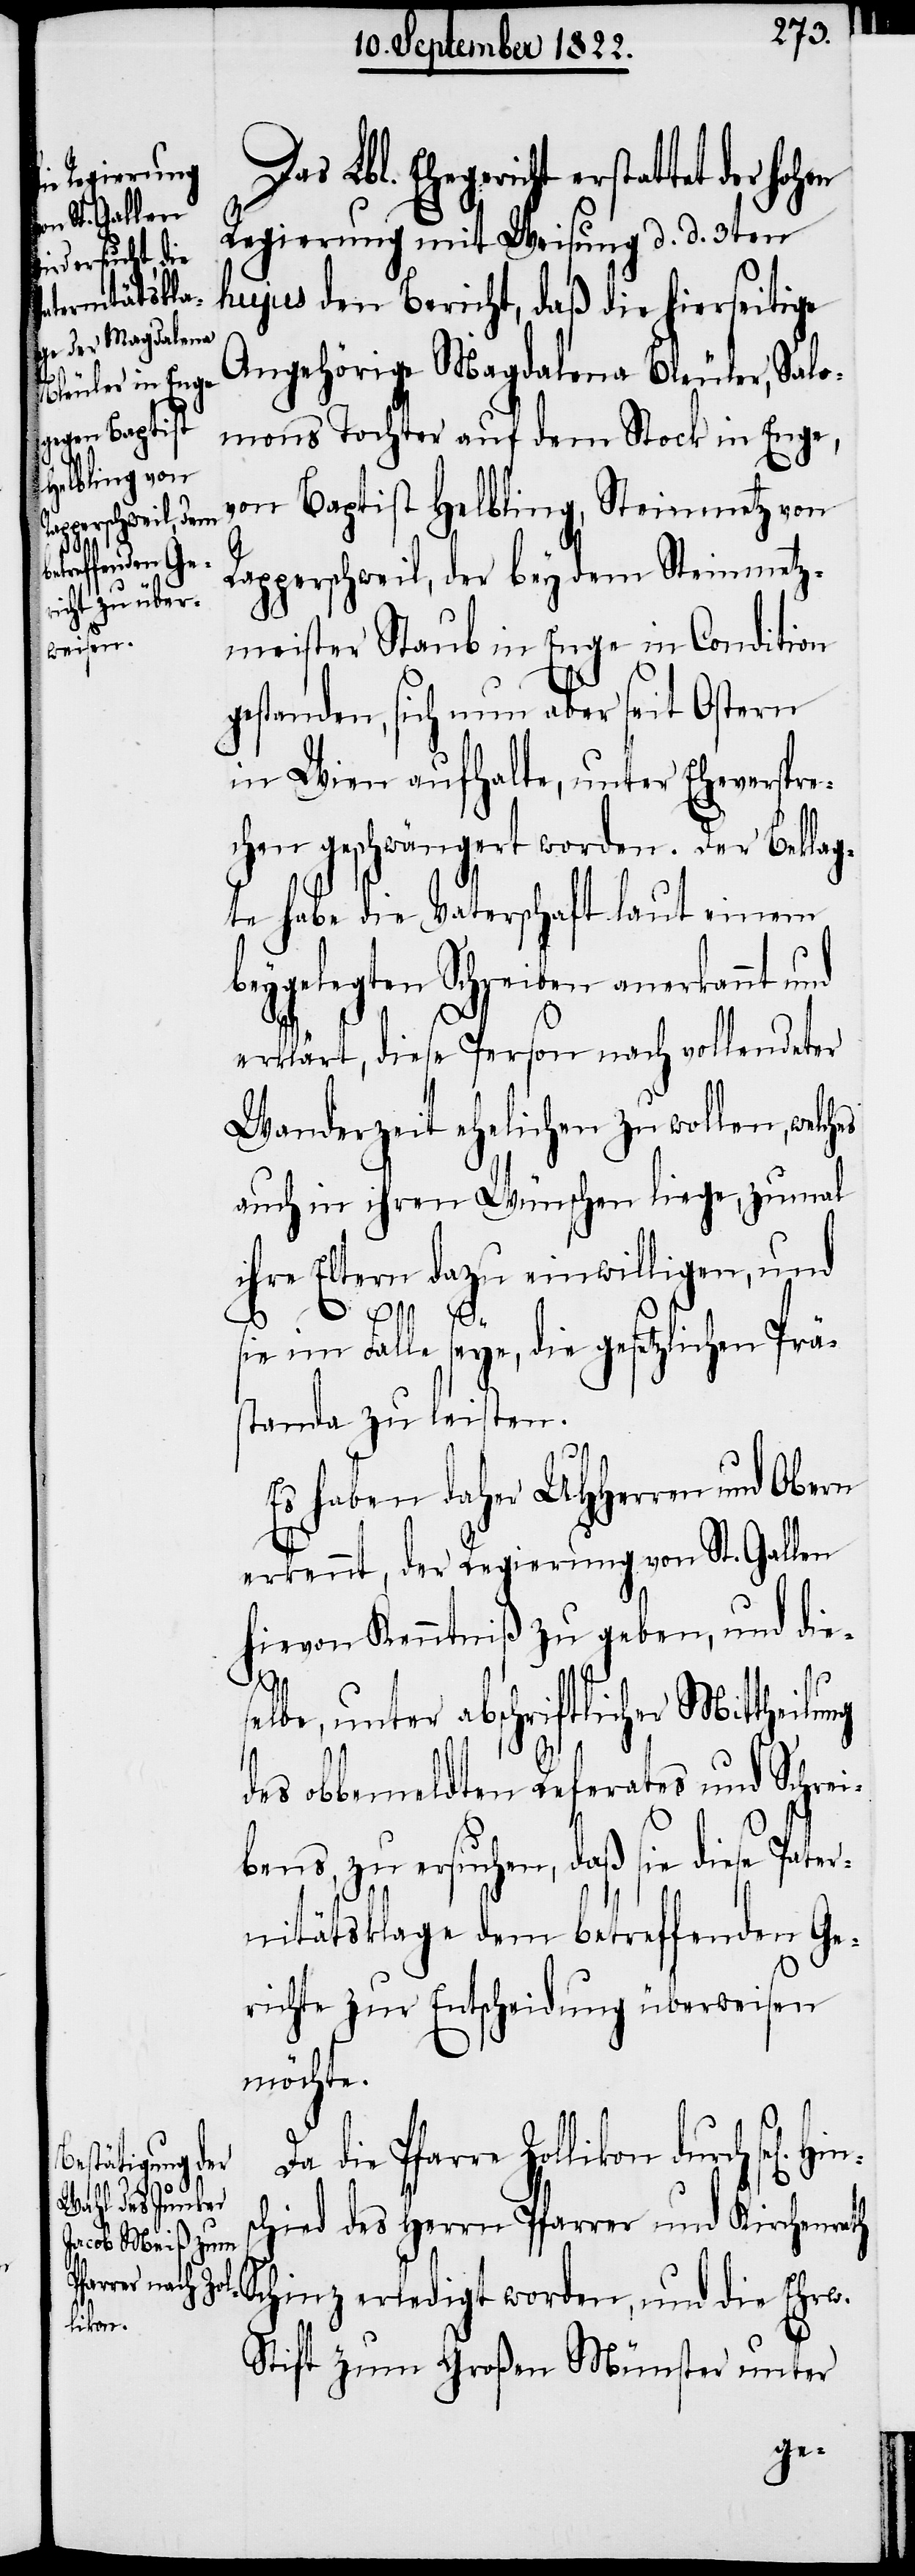
Das Lbl. Ehegericht erstattet der
Regierung mit Weisung d. d. 3ten
hujus den Bericht, daß die hierseitige
Angehörige Magdalena Bleuler, Salo¬
mons Tochter auf dem Stock in Enge,
von Baptist Helbling, Steinmetz von
Rapperschweil, der bey dem Steinmetz¬
meister Staub in Enge in Condition
gestanden, sich nun aber seit Ostern
in Wien aufhalte, unter Eheverspre¬
chen geschwängert worden. Der Beklag¬
te habe die Vaterschaft laut einem
beygelegten Schreiben anerkannt und
erklärt, diese Person nach vollendeter
Wanderzeit ehelichen zu wollen, welch¬
auch in ihren Wünschen liege, zumal
ihre Eltern dazu einwilligen, und
sie im Falle seye, die gesetzlichen Präs¬
tanda zu leisten.
Es haben daher UHHerrn und Obern
l.
erkennt, der Regierung von St. Gallen
hievon Kenntniß zu geben, und dies¬
Hins¬
elbe, unter abschriftlicher Mittheilung
des obbemeldten Referates und Schrei¬
bens, zu ersuchen, daß sie die Pater¬
nitätsklage dem betreffenden Ge¬
richte zur Entscheidung überweisen
möchte.
Da die Pfarre Zollikon durch se¬
chied des Herrn Pfarrer und Kirchen¬
rath Schinz erledigt worden, und die Ehrw.
hohen
Stift zum Großen Münster unter